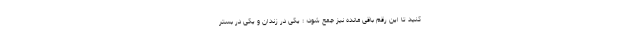
کنید تا این رقم باقی مانده نیز جمع شود؛ : یکی در زندان و یکی در بستر